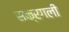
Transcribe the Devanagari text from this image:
सक्रगली